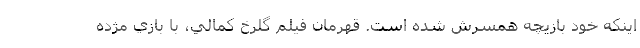
اينکه خود بازيچه‌ همسرش شده است. قهرمان فيلم گلرخ کمالي، با بازي مژده